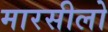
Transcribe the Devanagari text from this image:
मारसीलो